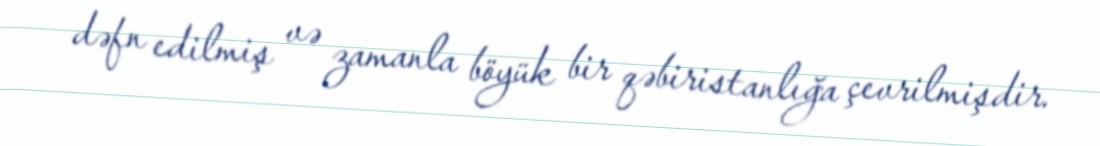
dəfn edilmiş və zamanla böyük bir qəbiristanlığa çevrilmişdir.